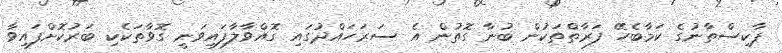
ޕާކިސްތާނުގެ ކަމާބެހޭ ފަރާތްތަކުން ބުނާ ގޮތުން އެ ސަރަހައްދުގައި ގޮއްވާލާފައިވަނީ ގޮވާތަކެކި ބަރުކޮށްފައިވާ